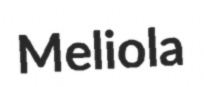
Meliola